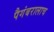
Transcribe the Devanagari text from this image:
पैगंबरालाच